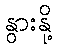
နွားနို့